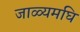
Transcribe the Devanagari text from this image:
जाळ्यमघि